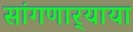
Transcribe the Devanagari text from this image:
सांगणार्‍याया